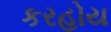
કરહોય